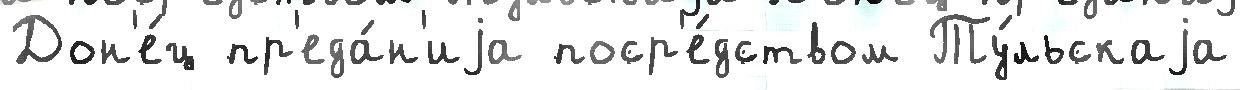
Дон'е́ц пр'еда́н'иjа поср'е́дством Ту́льскаjа